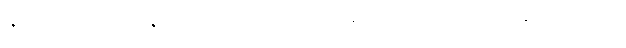
ဇီဝါ၊ အသက်မွေးနိုင်ပါ၏။ ဣတိ၊ ဤသို့ပယ်တော်မူသော်။ ဘန္တေ နာဂသေန၊